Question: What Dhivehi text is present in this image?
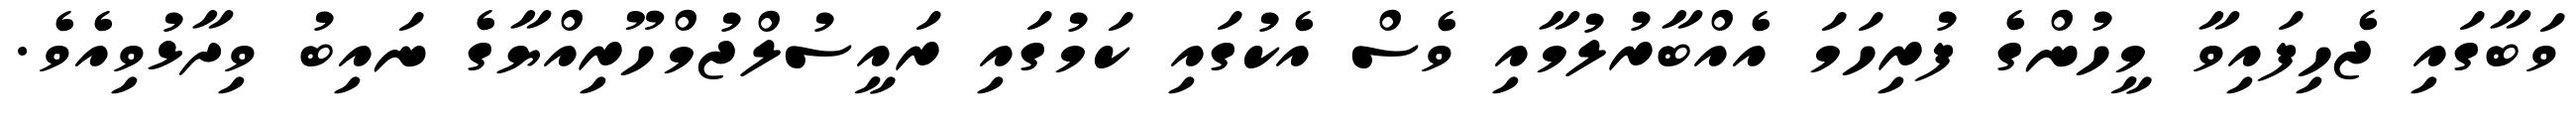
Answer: ވަބާގައި ޖެހިފައިވާ މީހުންގެ ފުރިހަމަ އެއްބާރުލުމާއި ވެސް އެކުގައި ކަމުގައި ރައީސުލްޖުމްހޫރިއްޔާގެ ނައިބު ވިދާޅުވިއެވެ.